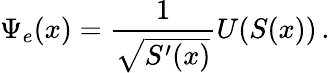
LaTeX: \Psi_{e}(x)=\frac{1}{\sqrt{S^{\prime}(x)}}U(S(x))\, .